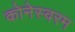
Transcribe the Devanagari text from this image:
कोनेस्वरम